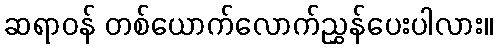
ဆရာဝန် တစ်ယောက်လောက်ညွှန်ပေးပါလား။